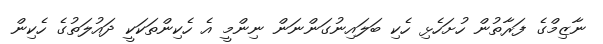
ނާޒިމްގެ ފަރާތުން ހުށަހެޅި ހެކި ބަލައިނުގަންނަން ނިންމީ އެ ހެކިންތަކަކީ ދައުލަތުގެ ހެކިން